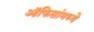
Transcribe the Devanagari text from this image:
ऑफिसांमध्ये